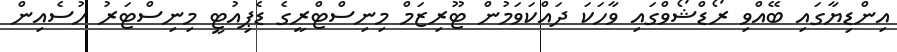
އިންޑިޔާގައި ބޭއްވި ރޯޑްޝޯވްގައި ވާހަކަ ދައްކަވަމުން ޓޫރިޒަމް މިނިސްޓްރީގެ ޑެޕިއުޓީ މިނިސްޓަރު ހުސެއިން